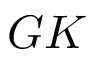
G K